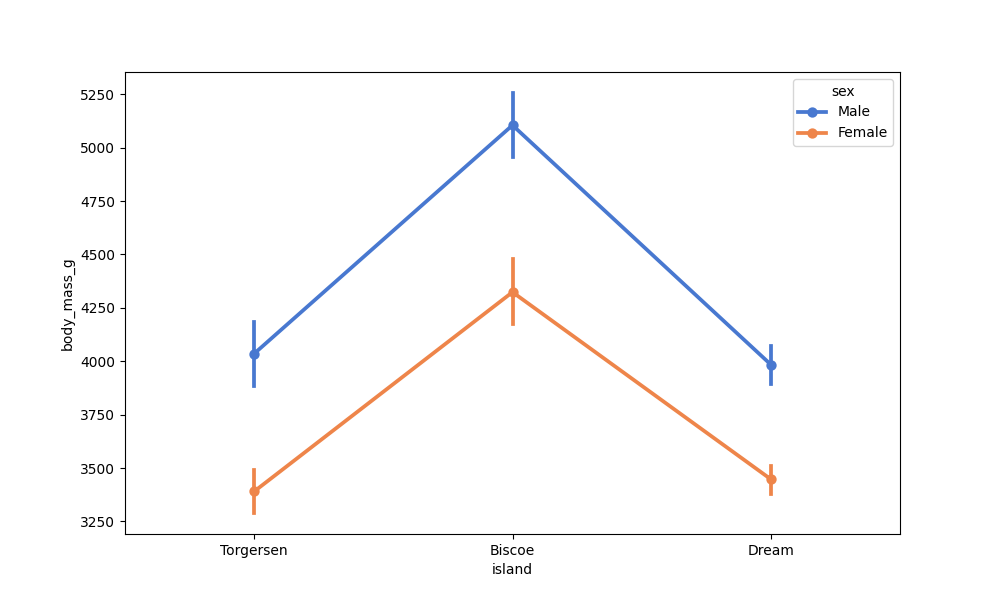
python, seaborn, pointplot, scale=1.0, join=True, hue='sex', palette='muted'